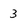
Character: 3